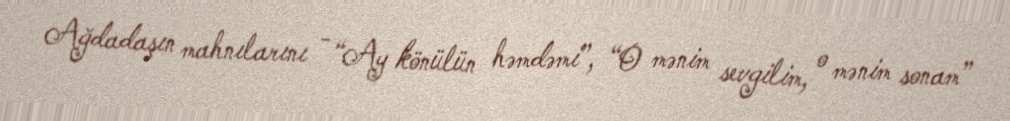
Ağdadaşın mahnılarını - “Ay könülün həmdəmi”, “O mənim sevgilim, o mənim sonam”